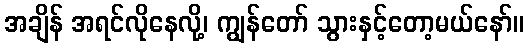
အချိန် အရင်လိုနေလို့၊ ကျွန်တော် သွားနှင့်တော့မယ်နော်။